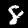
Label: 8